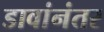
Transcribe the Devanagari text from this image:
डावांनंतर